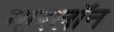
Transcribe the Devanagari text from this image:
मारलॉन